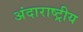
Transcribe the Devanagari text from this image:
अंदाराष्ट्रीय